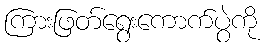
ကြားဖြတ်ရွေးကောက်ပွဲကို